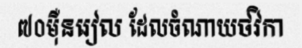
៧០ម៉ឺនរៀល ដែលចំណាយថវិកា